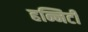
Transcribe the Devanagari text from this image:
हन्निटी